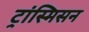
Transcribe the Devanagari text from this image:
ट्रांस्मिसन